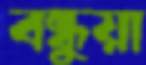
বন্ধুয়া